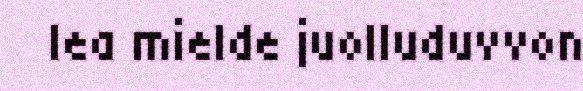
lea mielde juolluduvvon